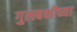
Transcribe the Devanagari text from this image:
गुलबक्षीच्या